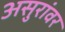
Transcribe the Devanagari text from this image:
असुरांवर